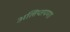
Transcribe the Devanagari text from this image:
अलिप्तपणा